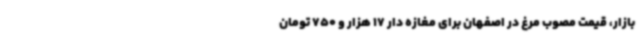
بازار، قیمت مصوب مرغ در اصفهان برای مغازه دار 17 هزار و 750 تومان